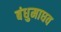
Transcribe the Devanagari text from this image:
बंधुमाधव